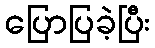
ပြောပြခဲ့ပြီး